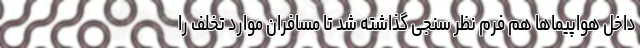
داخل هواپیماها هم فرم نظر سنجی گذاشته شد تا مسافران موارد تخلف را